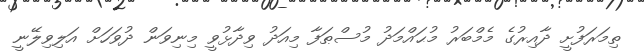
ތިމަރަފުށީ ދާއިރުގެ މެމްބަރު މުޙައްމަދު މުސްޠަފާ މިއަދު ވިދާޅުވީ މިނިވަން ދުވަހަށް އަލިވިލޭނީ